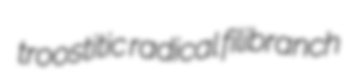
troostitic radical filibranch